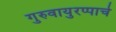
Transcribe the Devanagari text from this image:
गुरुवायुरप्पाचे